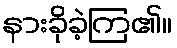
နားခိုခဲ့ကြ၏။